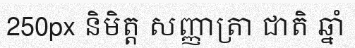
250px និមិត្ត សញ្ញាត្រា ជាតិ ឆ្នាំ